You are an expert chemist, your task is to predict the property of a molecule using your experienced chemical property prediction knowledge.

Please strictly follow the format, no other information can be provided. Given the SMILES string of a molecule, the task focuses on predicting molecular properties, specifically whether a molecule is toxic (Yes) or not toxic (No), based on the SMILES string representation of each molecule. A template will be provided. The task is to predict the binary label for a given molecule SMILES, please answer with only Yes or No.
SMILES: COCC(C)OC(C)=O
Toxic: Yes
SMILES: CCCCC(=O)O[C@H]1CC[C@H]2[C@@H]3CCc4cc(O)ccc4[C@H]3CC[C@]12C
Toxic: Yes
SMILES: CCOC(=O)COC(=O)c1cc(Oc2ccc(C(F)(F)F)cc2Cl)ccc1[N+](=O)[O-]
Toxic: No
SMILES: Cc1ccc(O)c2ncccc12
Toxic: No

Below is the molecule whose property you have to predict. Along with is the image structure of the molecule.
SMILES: CC(NN)c1ccccc1
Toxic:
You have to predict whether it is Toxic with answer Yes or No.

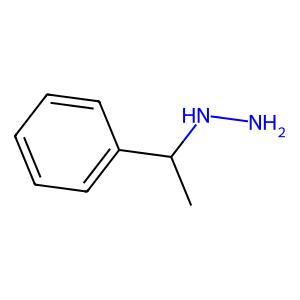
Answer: No